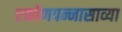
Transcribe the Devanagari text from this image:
एकोणपन्नासाव्या